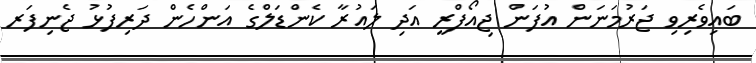
ބައިވެރިވި ޖަރުމަނަން އުފަން ޖިއޯފްރީ އަދި ލައުރާ ކެންޑަލްގެ އަންހެން ދަރިފުޅު ޖެނިފަރ